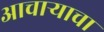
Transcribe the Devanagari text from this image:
आचार्‍याचा